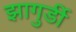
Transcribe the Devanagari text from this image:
झागुर्डी